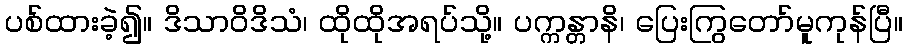
ပစ်ထားခဲ့၍။ ဒိသာဝိဒိသံ၊ ထိုထိုအရပ်သို့။ ပက္ကန္တာနိ၊ ပြေးကြွတော်မူကုန်ပြီ။